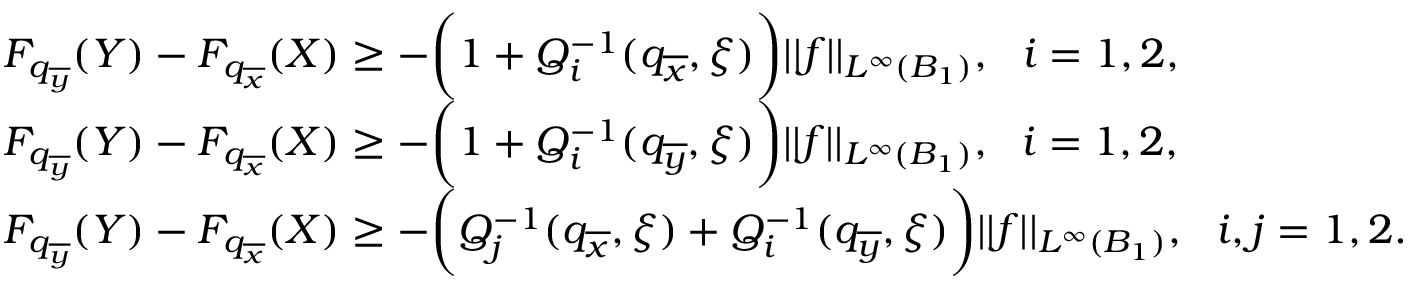
\begin{array} { r l } & { F _ { q _ { \overline { { y } } } } ( Y ) - F _ { q _ { \overline { { x } } } } ( X ) \geq - \bigg ( 1 + Q _ { i } ^ { - 1 } ( q _ { \overline { { x } } } , \xi ) \bigg ) | | f | | _ { L ^ { \infty } ( B _ { 1 } ) } , \ \ i = 1 , 2 , } \\ & { F _ { q _ { \overline { { y } } } } ( Y ) - F _ { q _ { \overline { { x } } } } ( X ) \geq - \bigg ( 1 + Q _ { i } ^ { - 1 } ( q _ { \overline { { y } } } , \xi ) \bigg ) | | f | | _ { L ^ { \infty } ( B _ { 1 } ) } , \ \ i = 1 , 2 , } \\ & { F _ { q _ { \overline { { y } } } } ( Y ) - F _ { q _ { \overline { { x } } } } ( X ) \geq - \bigg ( Q _ { j } ^ { - 1 } ( q _ { \overline { { x } } } , \xi ) + Q _ { i } ^ { - 1 } ( q _ { \overline { { y } } } , \xi ) \bigg ) | | f | | _ { L ^ { \infty } ( B _ { 1 } ) } , \ \ i , j = 1 , 2 . } \end{array}